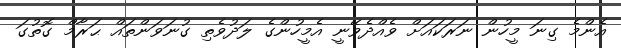
އެންމެ ގިނަ މީހުން ނަރަކައަށް ވެއްދެވޭނީ އެމީހުންގެ ލަދުވެތި ގުނަވަންތައް ޙަރާމް ގޮތުގަ